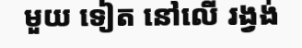
មួយ ទៀត នៅលើ រង្វង់